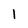
Character: 1